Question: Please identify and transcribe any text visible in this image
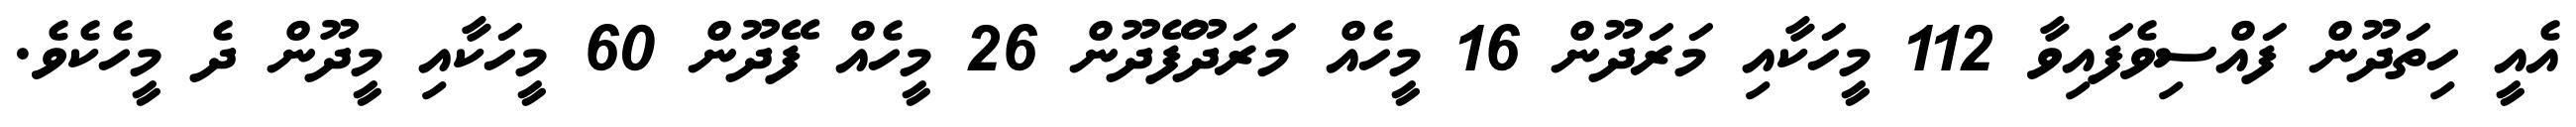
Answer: އެއީ ހިތަދޫން ފައްސިވެފައިވާ 112 މީހަކާއި މަރަދޫން 16 މީހެއް މަރަދޫފޭދޫން 26 މީހެއް ފޭދޫން 60 މީހަކާއި މީދޫން ދެ މީހެކެވެ.